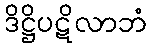
ဒိဋ္ဌိပဋိလာဘံ